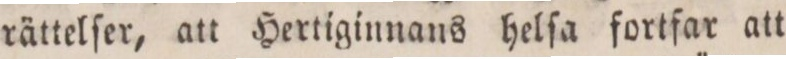
rättelſer, att Hertiginnans helſa fortfar att